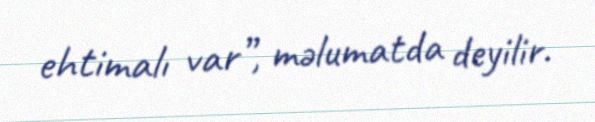
ehtimalı var”, məlumatda deyilir.